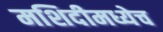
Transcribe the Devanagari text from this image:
मशिदीमध्येच